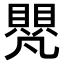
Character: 𮚝